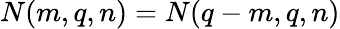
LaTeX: N(m,q,n)=N(q-m,q,n)